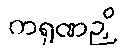
ကရုဏဉှိ